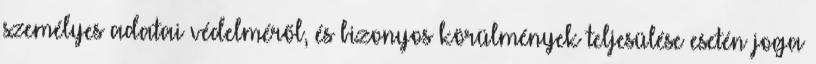
személyes adatai védelméről, és bizonyos körülmények teljesülése esetén joga